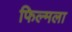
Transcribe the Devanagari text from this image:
फिल्मला